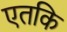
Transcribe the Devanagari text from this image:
एतकि